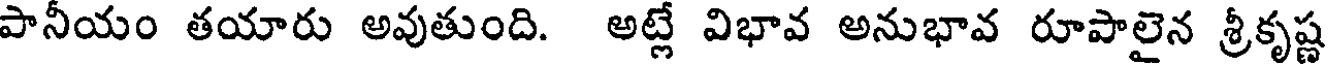
పానీయం తయారు అవుతుంది. అట్లే విభావ అనుభావ రూపాలైన శ్రీకృష్ణ